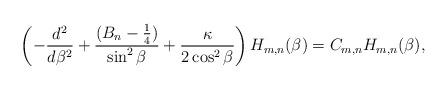
LaTeX: \begin{align*}\left( -\frac{d^{2}}{d\beta^{2}}+\frac{(B_n-\frac{1}{4})}{\sin ^{2}\beta}+\frac{\kappa}{2 \cos^2\beta } \right) H_{m,n} (\beta )=C_{m,n} H_{m,n} (\beta ), \end{align*}